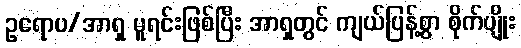
ဥရောပ/အာရှ မူရင်းဖြစ်ပြီး အာရှတွင် ကျယ်ပြန့်စွာ စိုက်ပျိုး